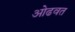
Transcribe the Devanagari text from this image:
ओढवत